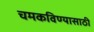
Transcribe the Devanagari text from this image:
चमकविण्यासाठी